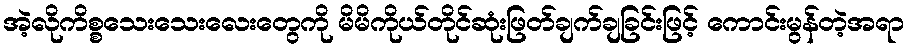
အဲ့လိုကိစ္စသေးသေးလေးတွေကို မိမိကိုယ်တိုင်ဆုံးဖြတ်ချက်ချခြင်းဖြင့် ကောင်းမွန်တဲ့အရာ